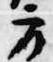
方